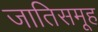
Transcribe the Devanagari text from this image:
जातिसमूह